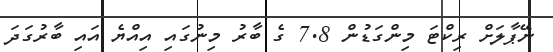
ނޭޕާލަށް ރިކްޓަ މިންގަޑުން 7.8 ގެ ބާރު މިނުގައި އިއްޔެ އައި ބާރުގަދަ